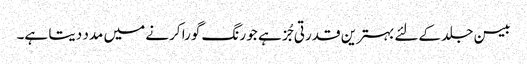
بیسن جلد کےلئے بہترین قدرتی جُز ہے جو رنگ گورا کرنے میں مدد دیتا ہے۔